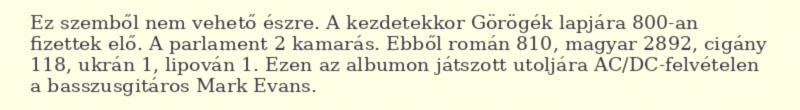
Ez szemből nem vehető észre. A kezdetekkor Görögék lapjára 800-an fizettek elő. A parlament 2 kamarás. Ebből román 810, magyar 2892, cigány 118, ukrán 1, lipován 1. Ezen az albumon játszott utoljára AC/DC-felvételen a basszusgitáros Mark Evans.